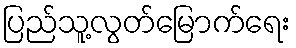
ပြည်သူ့လွတ်မြောက်ရေး